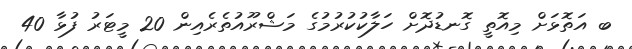
ބ އަތޮޅަށް މިއޮތީ ގޮނޑުދޮށް ހަލާކުކުރުމުގެ މަޝްރޫއުތެރެއިން 20 މީޓަރު ފުޅާ 40